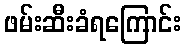
ဖမ်းဆီးခံရကြောင်း